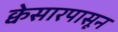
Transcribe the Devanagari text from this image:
क्वेसारपासून